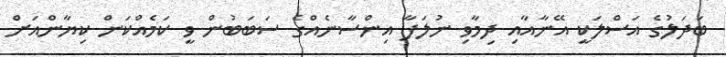
ބަދަލުގެ އަސްލަކީ އޭނާއާއި ދިމާވި ނުލަފާ އިންސާނެއްގެ ސަބަބުން ވީ ކަމެއްކަން ކިޔާންއަށް